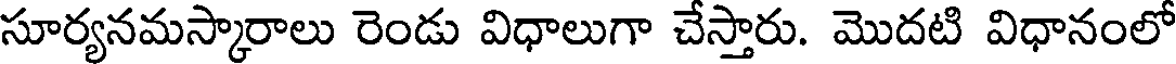
సూర్యనమస్కారాలు రెండు విధాలుగా చేస్తారు. మొదటి విధానంలో